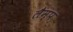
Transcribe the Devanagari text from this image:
लैम्‍प